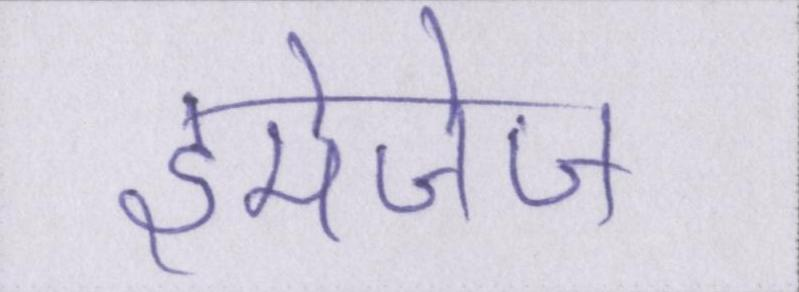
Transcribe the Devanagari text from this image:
इमेजेज